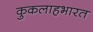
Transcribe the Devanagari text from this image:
कुकलाहभारत